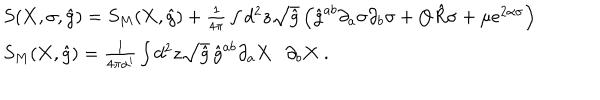
LaTeX: \begin{array} { l } { { S ( { \bf X } , \sigma , \hat { g } ) = S _ { M } ( { \bf X } , \hat { g } ) + \frac { 1 } { 4 \pi } \int d ^ { 2 } z \sqrt { \hat { g } } \left( \hat { g } ^ { a b } \partial _ { a } \sigma \partial _ { b } \sigma + Q \hat { R } \sigma + \mu e ^ { 2 \alpha \sigma } \right) } } \\ { { S _ { M } ( { \bf X } , \hat { g } ) = \frac { 1 } { 4 \pi \alpha ^ { \prime } } \int d ^ { 2 } z \sqrt { \hat { g } } \, \hat { g } ^ { a b } \partial _ { a } { \bf X } \cdot \partial _ { b } { \bf X } \ . } } \\ \end{array}